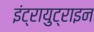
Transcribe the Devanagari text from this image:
इंट्रायुट्राइन